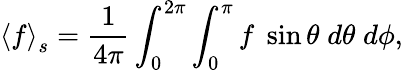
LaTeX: \left\langle f\right\rangle_{s}=\frac{1}{4\pi}\int_{0}^{2\pi}\int_{0}^{\pi}f\; \sin{\theta}\; d\theta\; d\phi,